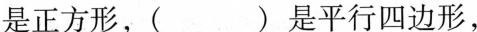
是正方形，( ) 是平行四边形，